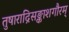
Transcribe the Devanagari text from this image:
तुषाराद्रिसङ्काशगौरम्